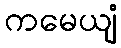
ကမေယျံ